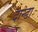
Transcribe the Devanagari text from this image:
दान्डा